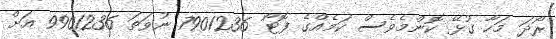
ރޯދަ މަހާ ގުޅޭ ކޮންމެވެސް ކަމެއްގެ ފޮޓޯ 7901236 ނުވަތަ 9901236 އަށް